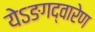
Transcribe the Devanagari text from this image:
येऽङगद्वारेण